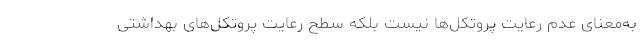
به‌معنای عدم رعایت پروتکل‌ها نیست بلکه سطح رعایت پروتکل‌های بهداشتی